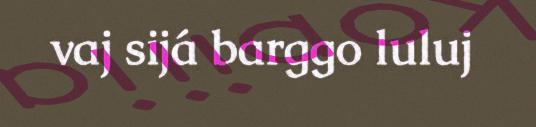
vaj sijá barggo luluj